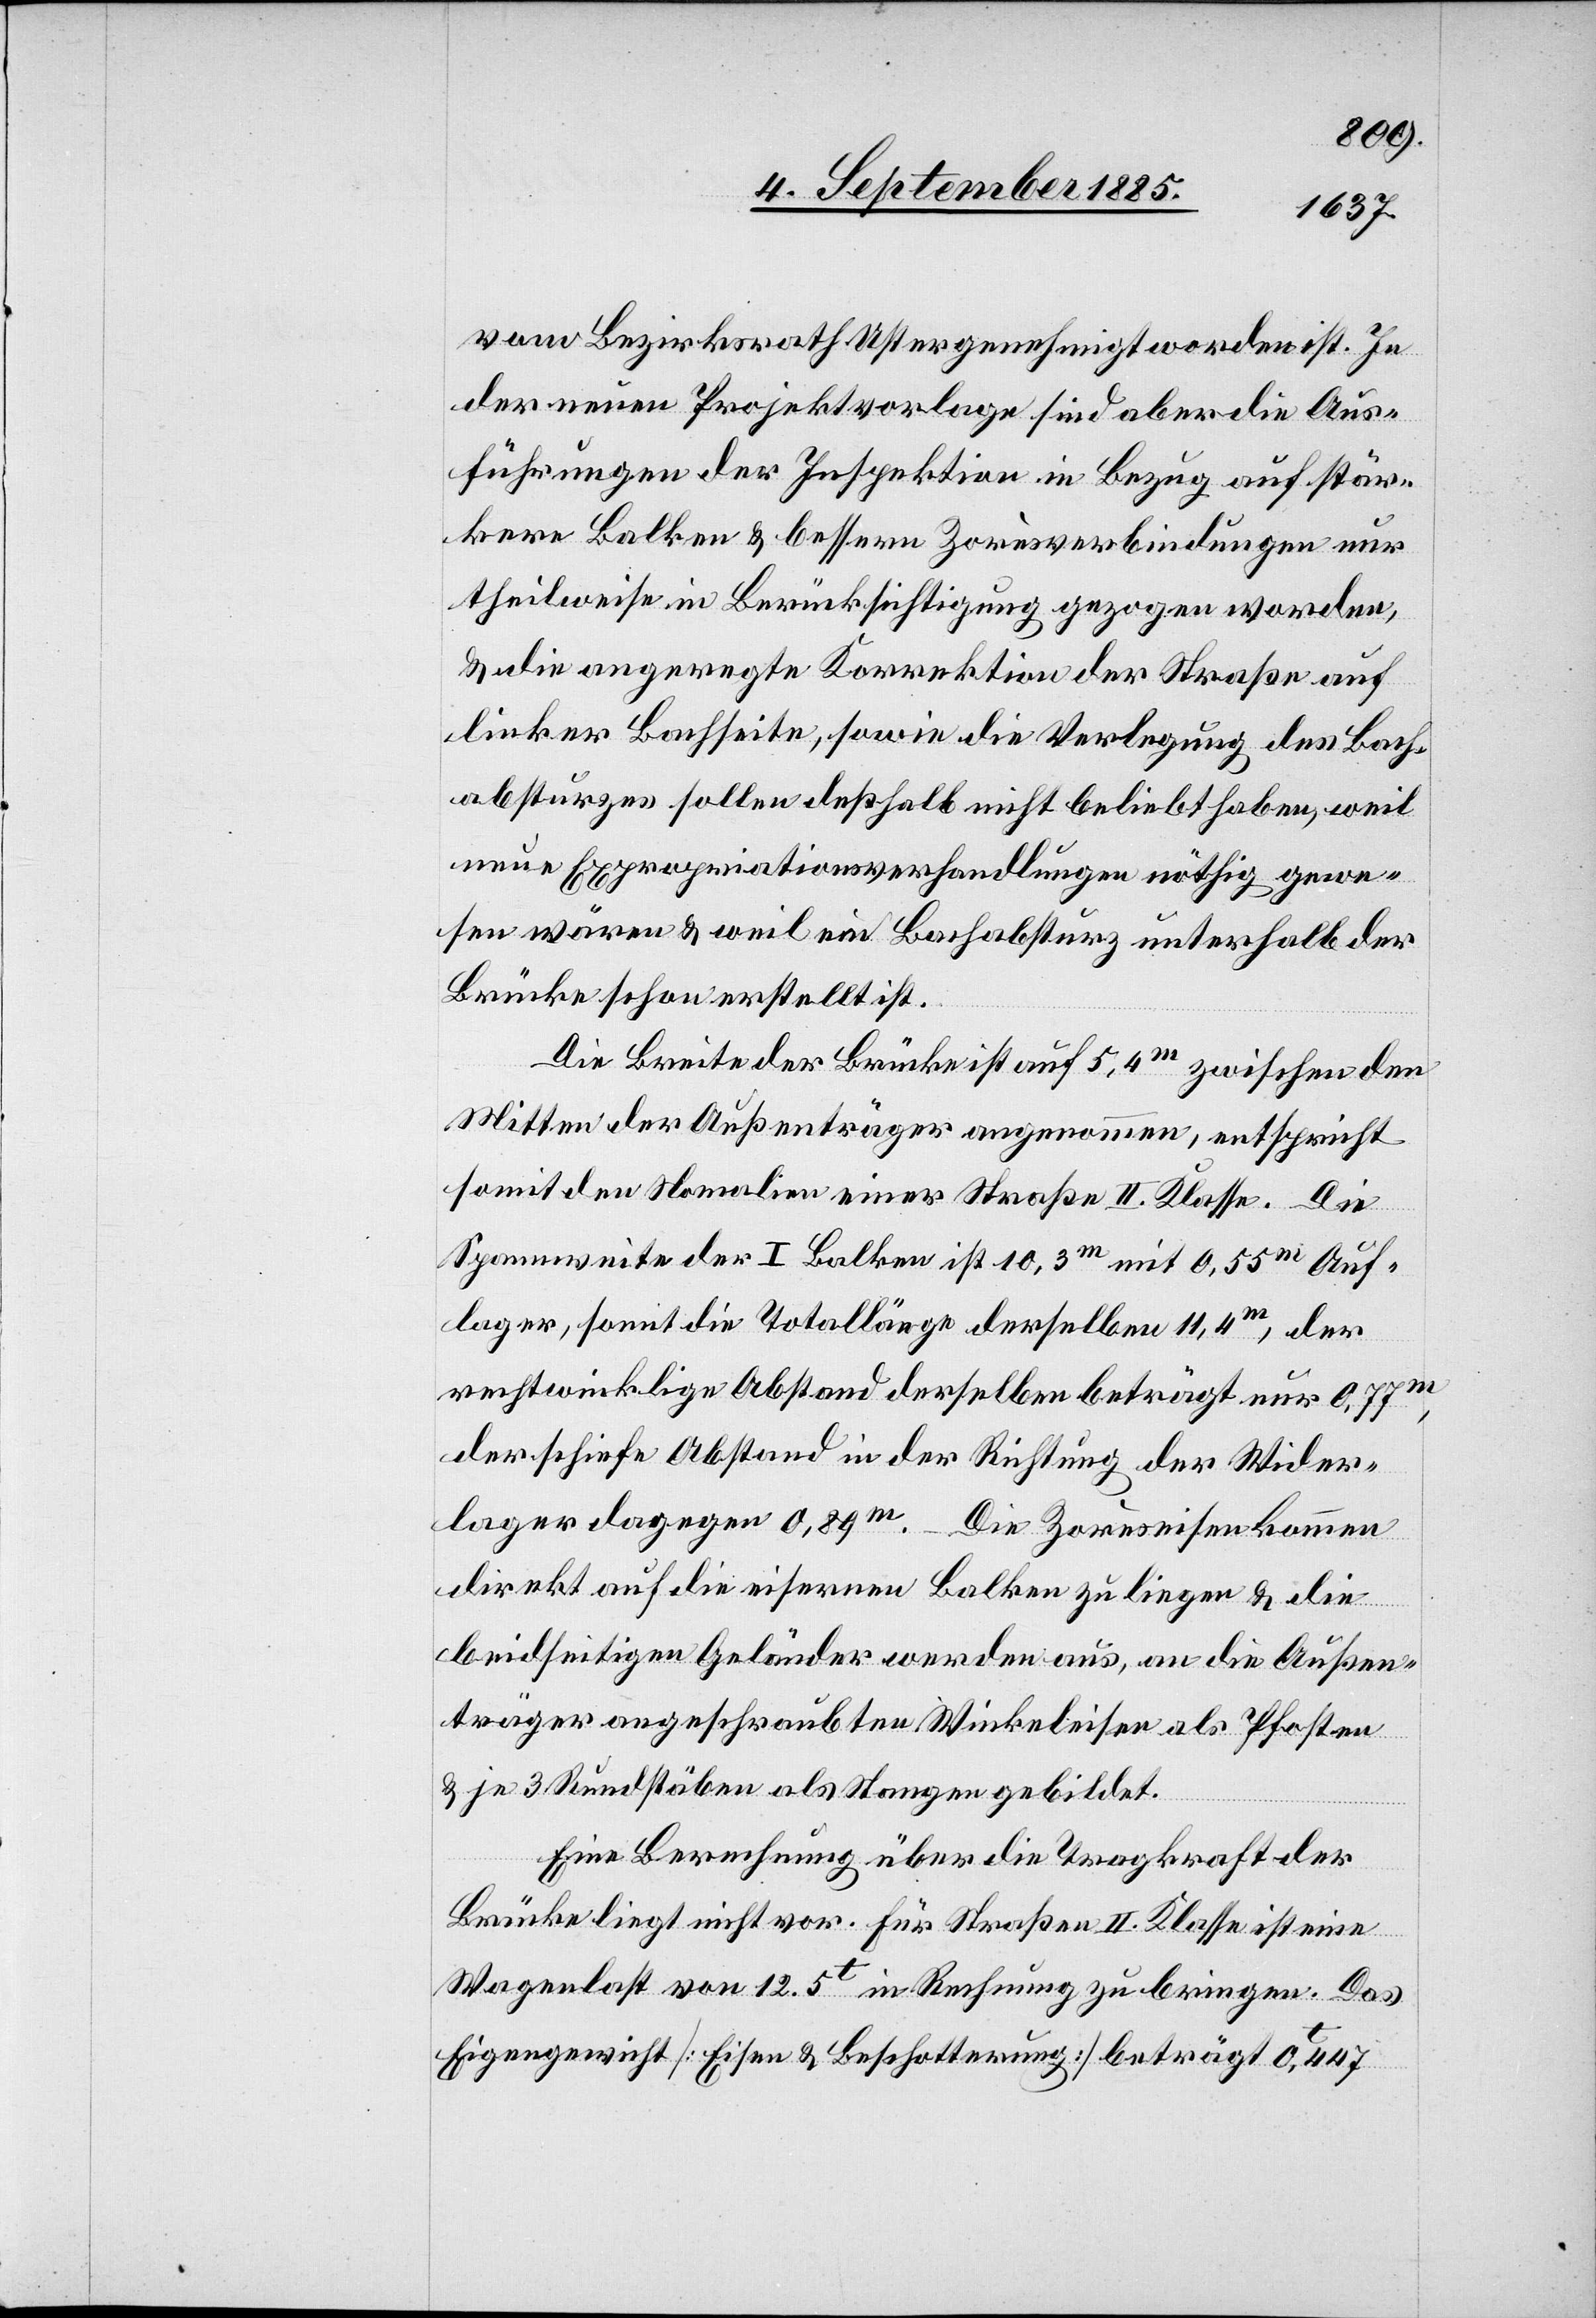
vom Bezirksrath Uster genehmigt worden ist. In
der neuen Projektvorlage sind aber die Aus¬
führungen der Inspektion in Bezug auf stär¬
kere Balken & bessere Zorèsverbindungen nur
theilweise in Berücksichtigung gezogen worden,
& die angeregte Korrektion der Straße auf
linker Bachseite, sowie die Verlegung des Bach¬
absturzes sollen deßhalb nicht beliebt haben, weil
neue Expropriationsverhandlungen nöthig gewe¬
sen wären & weil ein Bachabsturz unterhalb der
Brücke schon erstellt ist.
Die Breite der Brücke ist auf 5,4m zwischen den
Mitten der Außenträger angenommen, entspricht
somit den Normalien einer Straße II. Klasse. Die
Spannweite der I Balken ist 10,3m mit 0,55m Auf¬
lager, somit die Totallänge derselben 11,4m, der
rechtwinklige Abstand derselben beträgt nur 0,77m,
der schiefe Abstand in der Richtung der Wider¬
lager dagegen 8,89m.
Die Zorèseisen kommen
direkt auf die eisernen Balken zu liegen & die
beidseitigen Geländer werden aus, an die Außen¬
träger angeschraubten Winkeleisen als Pfosten
& je 3 Rundstäben als Stangen gebildet.
Eine Berechnung über die Tragkraft der
Brücke liegt nicht vor. Für Straßen II. Klasse ist eine
Wagenlast von 12.5t in Rechnung zu bringen. Das
Eigengewicht [Eisen & Beschotterung] beträgt 0,447t